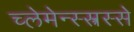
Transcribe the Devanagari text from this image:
च्लेमेन्स्स्त्रस्से